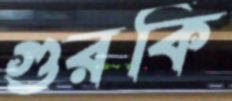
গুরকি